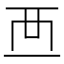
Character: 𧟠